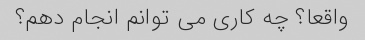
واقعا؟ چه کاری می توانم انجام دهم؟